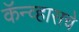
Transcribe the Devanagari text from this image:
कॅन्व्हासचे